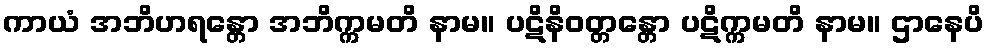
ကာယံ အဘိဟရန္တော အဘိက္ကမတိ နာမ။ ပဋိနိဝတ္တန္တော ပဋိက္ကမတိ နာမ။ ဌာနေပိ